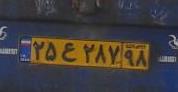
۲۵ع۲۸۷۹۸